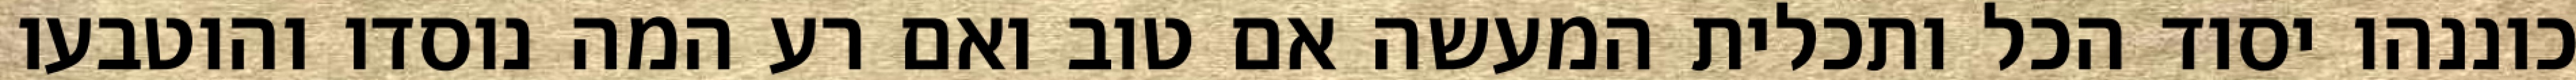
כוננהו יסוד הכל ותכלית המעשה אם טוב ואם רע המה נוסדו והוטבעו